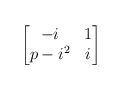
\begin{align*}\begin{bmatrix} -i & 1 \\ p-i^2 & i \end{bmatrix}\end{align*}